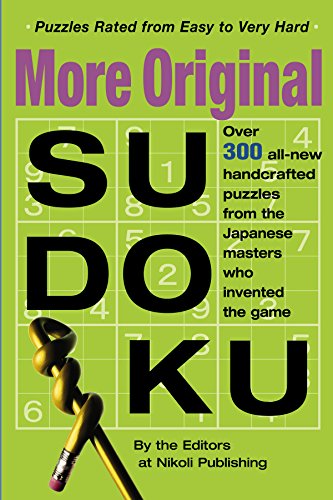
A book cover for More Original Sudoku (Bk. 3); Editors of Nikoli Publishing; Humor & Entertainment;